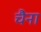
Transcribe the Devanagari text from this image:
चैना